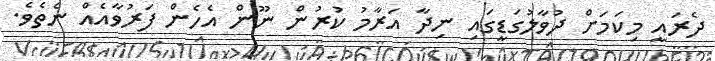
ދެރައީ މިކަމަށް ދުވާލުގަޑީގައި ނިދާ އަރާމު ކުރުން ނޫން އެހެން ފަރުވާއެއް ނެތެވެ.